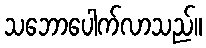
သဘောပေါက်လာသည်။